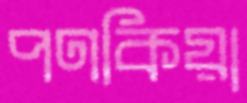
পণকিয়া